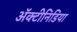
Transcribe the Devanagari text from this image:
अॅक्टीनिडिया